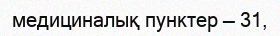
медициналық пунктер — 31,